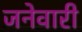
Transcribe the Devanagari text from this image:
जनेवारी